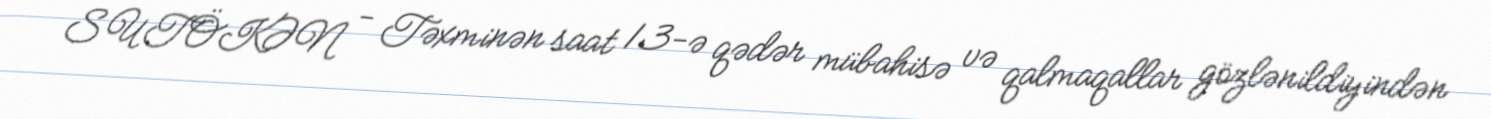
SUTÖKƏN - Təxminən saat 13-ə qədər mübahisə və qalmaqallar gözlənildiyindən